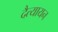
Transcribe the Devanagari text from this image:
दैत्यायन